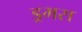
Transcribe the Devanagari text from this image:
ड्रमस